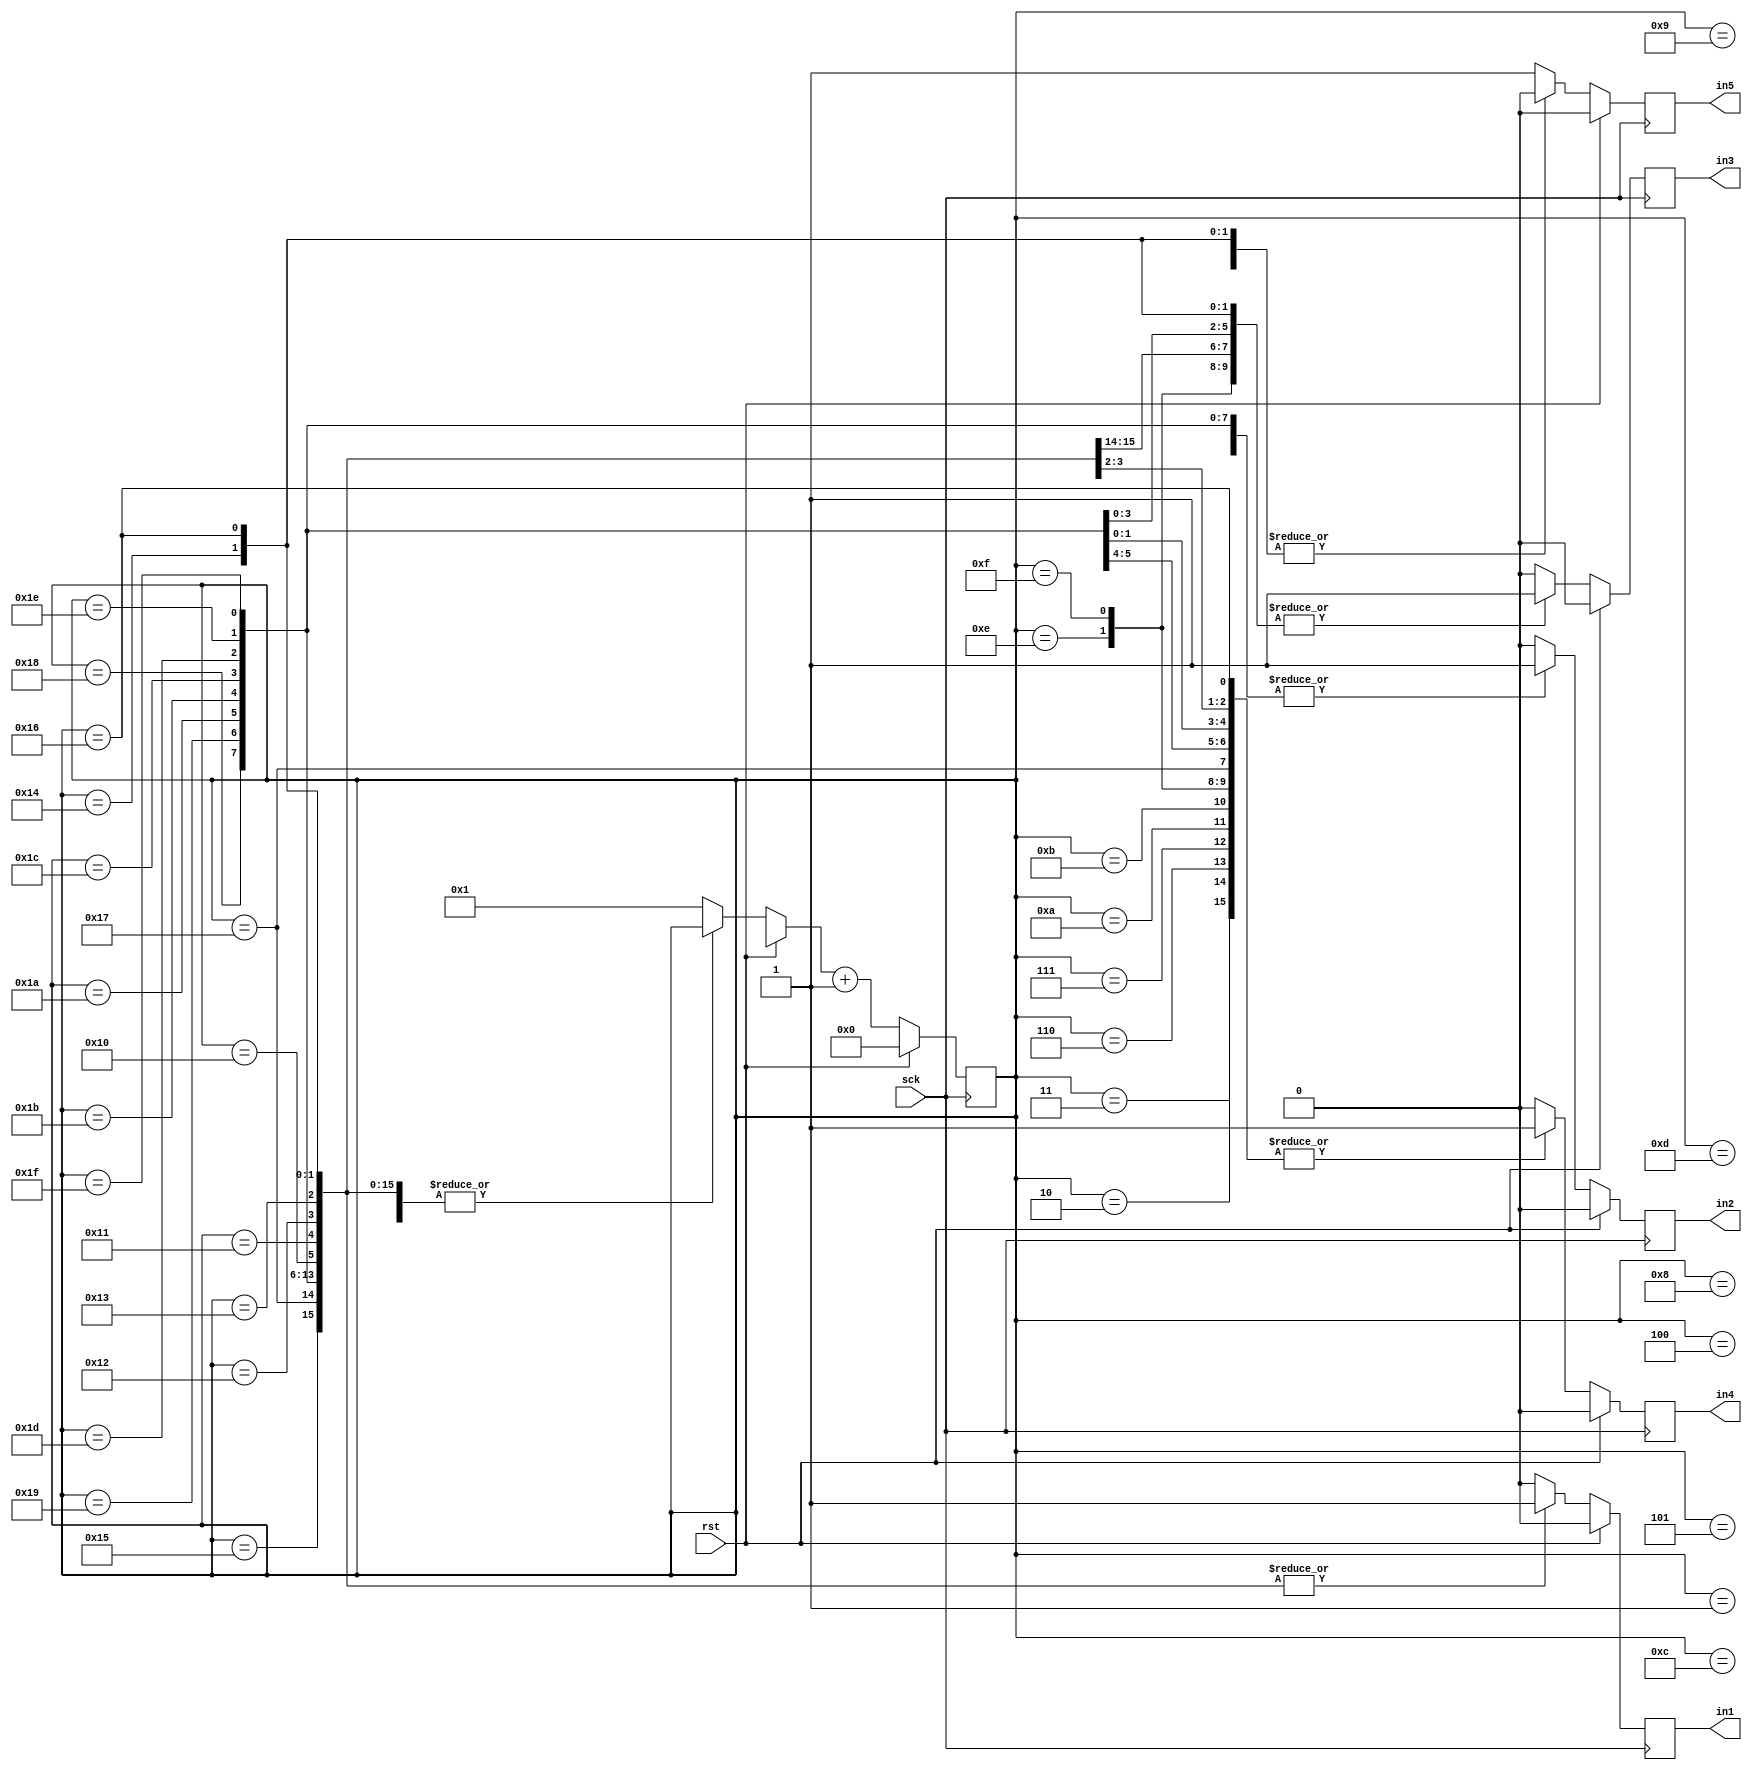
module counter_5bit(in1,in2,in3,in4,in5,sck, rst);

reg [4:0] out;
output reg in1,in2,in3,in4,in5;
input sck, rst;

always @(posedge sck)
begin
	if(rst)
		begin
		out <= 5'b00000;
		in1=0;in2=0;in3=0;in4=0;in5=0;

		end

	else
	begin
	case(out)
		5'b00001 : begin in1=0;in2=0;in3=0;in4=0;in5=1; end
		5'b00010 : begin in1=0;in2=0;in3=0;in4=1;in5=0; end
		5'b00011 : begin in1=0;in2=0;in3=0;in4=1;in5=1; end
		5'b00100 : begin in1=0;in2=0;in3=1;in4=0;in5=0; end
		5'b00101 : begin in1=0;in2=0;in3=1;in4=0;in5=1; end
		5'b00110 : begin in1=0;in2=0;in3=1;in4=1;in5=0; end
		5'b00111 : begin in1=0;in2=0;in3=1;in4=1;in5=1; end
		5'b01000 : begin in1=0;in2=1;in3=0;in4=0;in5=0; end
		5'b01001 : begin in1=0;in2=1;in3=0;in4=0;in5=1; end
		5'b01010 : begin in1=0;in2=1;in3=0;in4=1;in5=0; end
		5'b01011 : begin in1=0;in2=1;in3=0;in4=1;in5=1; end
		5'b01100 : begin in1=0;in2=1;in3=1;in4=0;in5=0; end
		5'b01101 : begin in1=0;in2=1;in3=1;in4=0;in5=1; end
		5'b01110 : begin in1=0;in2=1;in3=1;in4=1;in5=0; end
		5'b01111 : begin in1=0;in2=1;in3=1;in4=1;in5=1; end
		5'b10000 : begin in1=1;in2=0;in3=0;in4=0;in5=0; end
		5'b10001 : begin in1=1;in2=0;in3=0;in4=0;in5=1; end
		5'b10010 : begin in1=1;in2=0;in3=0;in4=1;in5=0; end
		5'b10011 : begin in1=1;in2=0;in3=0;in4=1;in5=1; end
		5'b10100 : begin in1=1;in2=0;in3=1;in4=0;in5=0; end	//20
		5'b10101 : begin in1=1;in2=0;in3=1;in4=0;in5=1; end
		5'b10110 : begin in1=1;in2=0;in3=1;in4=1;in5=0; end	
		5'b10111 : begin in1=1;in2=0;in3=1;in4=1;in5=1; end
		5'b11000 : begin in1=1;in2=1;in3=0;in4=0;in5=0; end
		5'b11001 : begin in1=1;in2=1;in3=0;in4=0;in5=1; end
		5'b11010 : begin in1=1;in2=1;in3=0;in4=1;in5=0; end
		5'b11011 : begin in1=1;in2=1;in3=0;in4=1;in5=1; end
		5'b11100 : begin in1=1;in2=1;in3=1;in4=0;in5=0; end
		5'b11101 : begin in1=1;in2=1;in3=1;in4=0;in5=1; end
		5'b11110 : begin in1=1;in2=1;in3=1;in4=1;in5=0; end
		5'b11111 : begin in1=1;in2=1;in3=1;in4=1;in5=1; end
		default: begin in1=0;in2=0;in3=0;in4=0;in5=1; out = 5'b00001; end
	endcase
	out = out + 1;
	end
end

endmodule